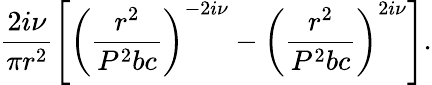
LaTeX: \frac{2i\nu}{\pi r^{2}}\left[\left(\frac{r^{2}}{P^{2}bc}\right)^{-2i\nu}-\left(\frac{r^{2}}{P^{2}bc}\right)^{2i\nu}\right].